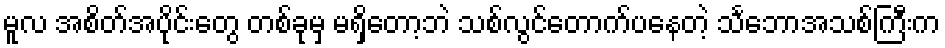
မူလ အစိတ်အပိုင်းတွေ တစ်ခုမှ မရှိတော့ဘဲ သစ်လွင်တောက်ပနေတဲ့ သင်္ဘောအသစ်ကြီးက